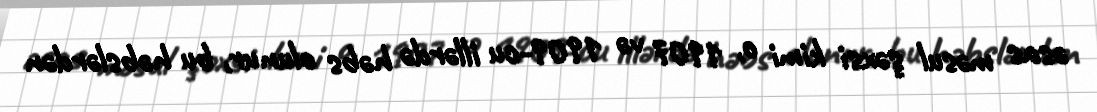
əsas məsul şəxsi kimi o, 1907 və 1909-cu illərdə həbs olunur, bu həbslərdən